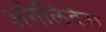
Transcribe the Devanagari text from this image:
अंगेलिदेस